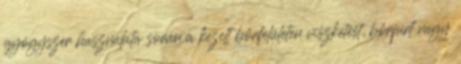
gyógyszer használata során a kezelt bőrfelületen viszketést, bőrpírt vagy